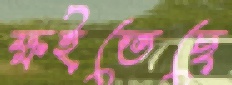
ক্ষইতেছে